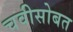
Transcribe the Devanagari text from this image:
चवीसोबत